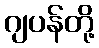
ဂျပန်တို့